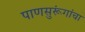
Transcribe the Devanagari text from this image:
पाणसुरूंगांचा